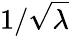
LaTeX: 1/\sqrt{\lambda}